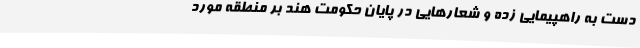
دست به راهپیمایی زده و شعارهایی در پایان حکومت هند بر منطقه مورد